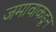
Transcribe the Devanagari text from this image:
जमावाकडून